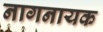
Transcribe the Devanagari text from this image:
नागनायक